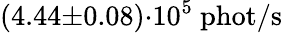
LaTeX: (4.44{\pm}0.08){\cdot}10^{5}\ \mathrm{phot/s}